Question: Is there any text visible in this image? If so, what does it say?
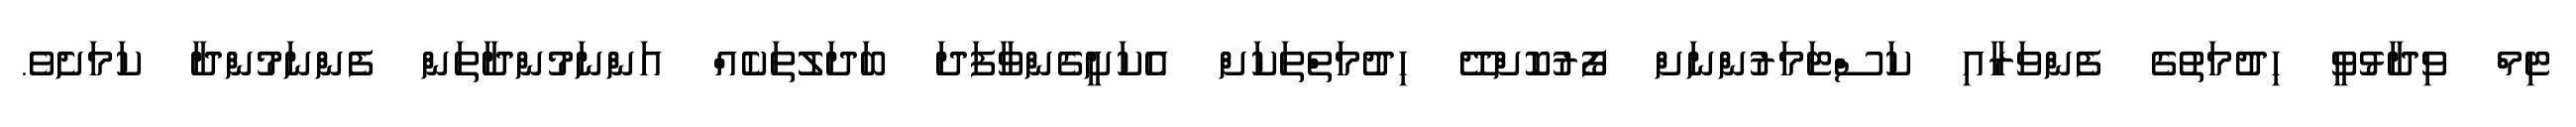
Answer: ޓިމް ވިދާޅުވީ ހިދުމަތުގެ ފެންވަރާއި ކަސްޓަމަރުންނަށް ފޯރުކޮށްދޭ ހިދުމަތްތަކަށް އެކަށީގެންވާފަދަ ބަދަލުތަކެއް އަންނަމުންދާތަން ފެންނަމުންދާ ކަމަށެވެ.